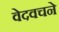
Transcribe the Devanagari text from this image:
वेदवचने